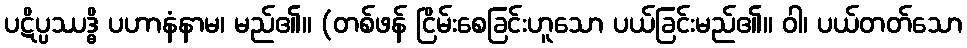
ပဋိပ္ပဿဒ္ဓိ ပဟာနံနာမ၊ မည်၏။ (တစ်ဖန် ငြိမ်းစေခြင်းဟူသော ပယ်ခြင်းမည်၏။ ဝါ၊ ပယ်တတ်သော